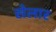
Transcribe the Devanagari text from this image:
सेलार